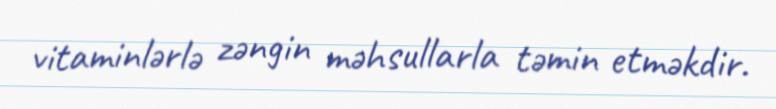
vitaminlərlə zəngin məhsullarla təmin etməkdir.